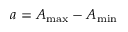
a = A _ { \operatorname* { m a x } } - A _ { \operatorname* { m i n } }